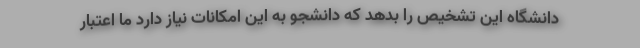
دانشگاه این تشخیص را بدهد که دانشجو به این امکانات نیاز دارد ما اعتبار